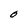
Character: O